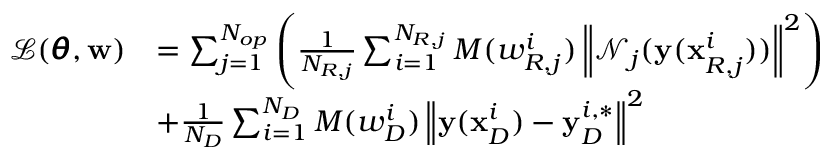
\begin{array} { r l } { \mathcal { L } ( \pmb { \theta } , \mathbf { w } ) } & { = \sum _ { j = 1 } ^ { N _ { o p } } { \left( \frac { 1 } { N _ { R , j } } \sum _ { i = 1 } ^ { N _ { R , j } } { M ( w _ { R , j } ^ { i } ) \left\| \mathcal { N } _ { j } ( \mathbf { y } ( \mathbf { x } _ { R , j } ^ { i } ) ) \right\| ^ { 2 } } \right) } } \\ & { + { \frac { 1 } { N _ { D } } \sum _ { i = 1 } ^ { N _ { D } } { M ( w _ { D } ^ { i } ) \left\| \mathbf { y } ( \mathbf { x } _ { D } ^ { i } ) - \mathbf { y } _ { D } ^ { i , * } \right\| ^ { 2 } } } } \end{array}